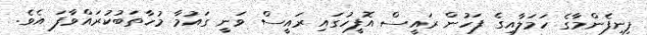
ފިނިފެންމާގެ ހަމަލާއިގެ ފަހުން ރައީސް އޮފީހުގައި ރައީސް ވަނީ ގައުމާ މުހާތަބުކުރައްވާފަ އެވެ.